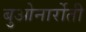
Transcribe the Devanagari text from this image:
बुओनार्रोती